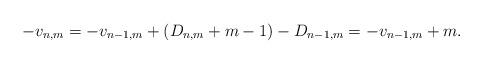
LaTeX: \begin{align*}-v_{n,m} = -v_{n-1,m} + (D_{n,m} + m - 1) - D_{n-1,m} = -v_{n-1,m} + m.\end{align*}